Civil Veterinary Department. Central Provinces & Berar 1925-31 - 1925-1931
Year: 1925
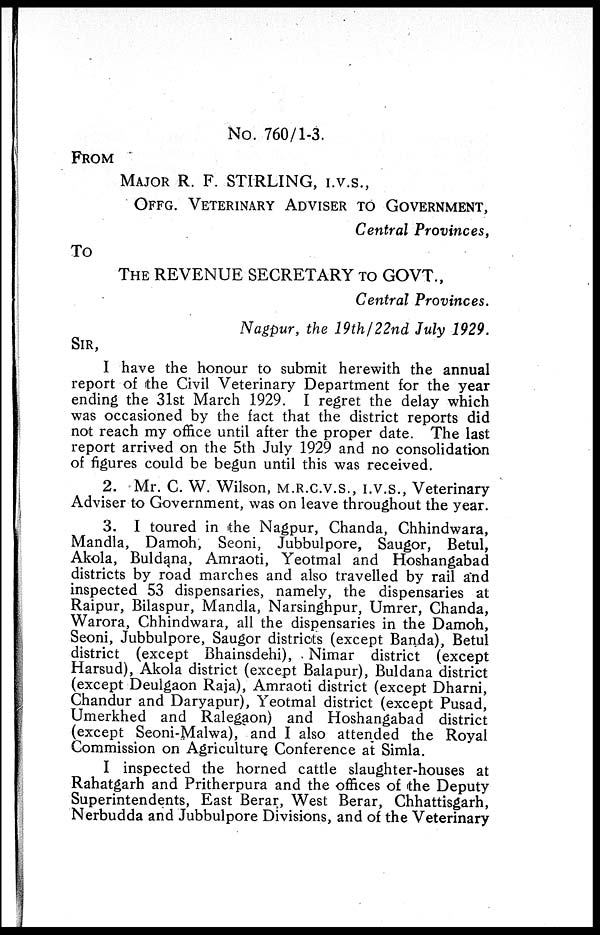
No. 760/1-3.
FROM
MAJOR R. F. STIRLING, I.V.S.,
OFFG. VETERINARY ADVISER TO GOVERNMENT,
Central Provinces,
To
THE REVENUE SECRETARY TO GOVT.,
Central Provinces.
Nagpur, the 19th/22nd July 1929.
SIR,
I have the honour to submit herewith the annual
report of the Civil Veterinary Department for the year
ending the 31st March 1929. I regret the delay which
was occasioned by the fact that the district reports did
not reach my office until after the proper date. The last
report arrived on the 5th July 1929 and no consolidation
of figures could be begun until this was received.
2. Mr. C. W. Wilson, M.R.C.V.S., I.V.S., Veterinary
Adviser to Government, was on leave throughout the year.
3. I toured in the Nagpur, Chanda, Chhindwara,
Mandla, Damoh, Seoni, Jubbulpore, Saugor, Betul,
Akola, Buldana, Amraoti, Yeotmal and Hoshangabad
districts by road marches and also travelled by rail and
inspected 53 dispensaries, namely, the dispensaries at
Raipur, Bilaspur, Mandla, Narsinghpur, Umrer, Chanda,
Warora, Chhindwara, all the dispensaries in the Damoh,
Seoni, Jubbulpore, Saugor districts (except Banda), Betul
district (except Bhainsdehi), Nimar district (except
Harsud), Akola district (except Balapur), Buldana district
(except Deulgaon Raja), Amraoti district (except Dharni,
Chandur and Daryapur), Yeotmal district (except Pusad,
Umerkhed and Ralegaon) and Hoshangabad district
(except Seoni-Malwa), and I also attended the Royal
Commission on Agriculture Conference at Simla.
I inspected the horned cattle slaughter-houses at
Rahatgarh and Pritherpura and the offices of the Deputy
Superintendents, East Berar, West Berar, Chhattisgarh,
Nerbudda and Jubbulpore Divisions, and of the Veterinary